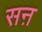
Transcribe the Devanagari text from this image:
सऩ